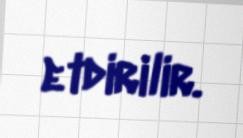
etdirilir.